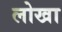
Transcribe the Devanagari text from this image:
लोखा